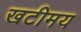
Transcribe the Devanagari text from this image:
खटीमय